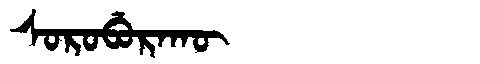
Manchu: ᠰᠣᡵᠣᠪᡠᡵᠠᡴᡡ
Romanization: SOROBURAKŪ